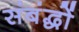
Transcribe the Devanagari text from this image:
संबंद्धों